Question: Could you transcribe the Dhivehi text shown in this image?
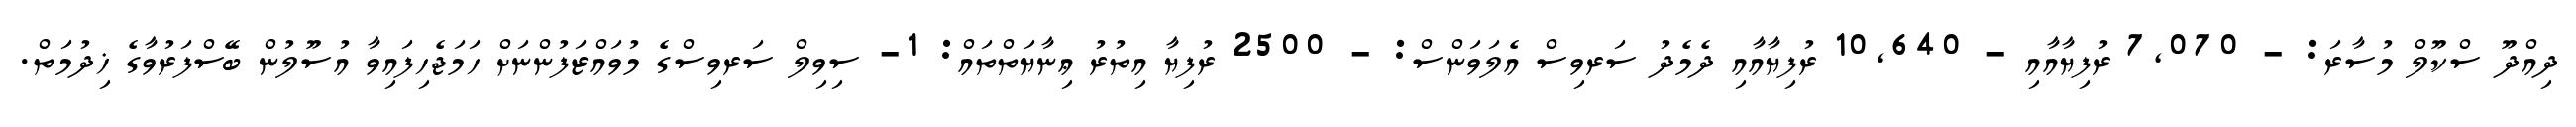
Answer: ދިއްދޫ ސްކޫލް މުސާރަ: - 7,070 ރުފިޔާއާއި - 10,640 ރުފިޔާއާއި ދެމެދު ސަރވިސް އެލަވަންސް: - 2500 ރުފިޔާ އިތުރު ޢިނާޔަތްތައް: 1- ސިވިލް ސަރވިސްގެ މުވައްޒަފުންނަށް ހަމަޖެހިފައިވާ އުސޫލުން ބޭސްފަރުވާގެ ޚިދުމަތް.